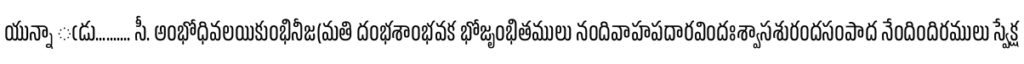
యున్నా ఁడు.......... సీ. అంభోధివలయికుంభినీజ(మతి దంభశాంభవక భోజృంభితములు నందివాహపదారవిందఃశ్వాసశురందసంపాద నేందిందిరములు స్వేక్ష